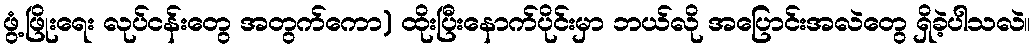
ဖွံ့ဖြိုးရေး လုပ်ငန်းတွေ အတွက်ကော) ထိုးပြီးနောက်ပိုင်းမှာ ဘယ်လို အပြောင်းအလဲတွေ ရှိခဲ့ပါသလဲ။